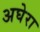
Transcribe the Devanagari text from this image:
अघेरा